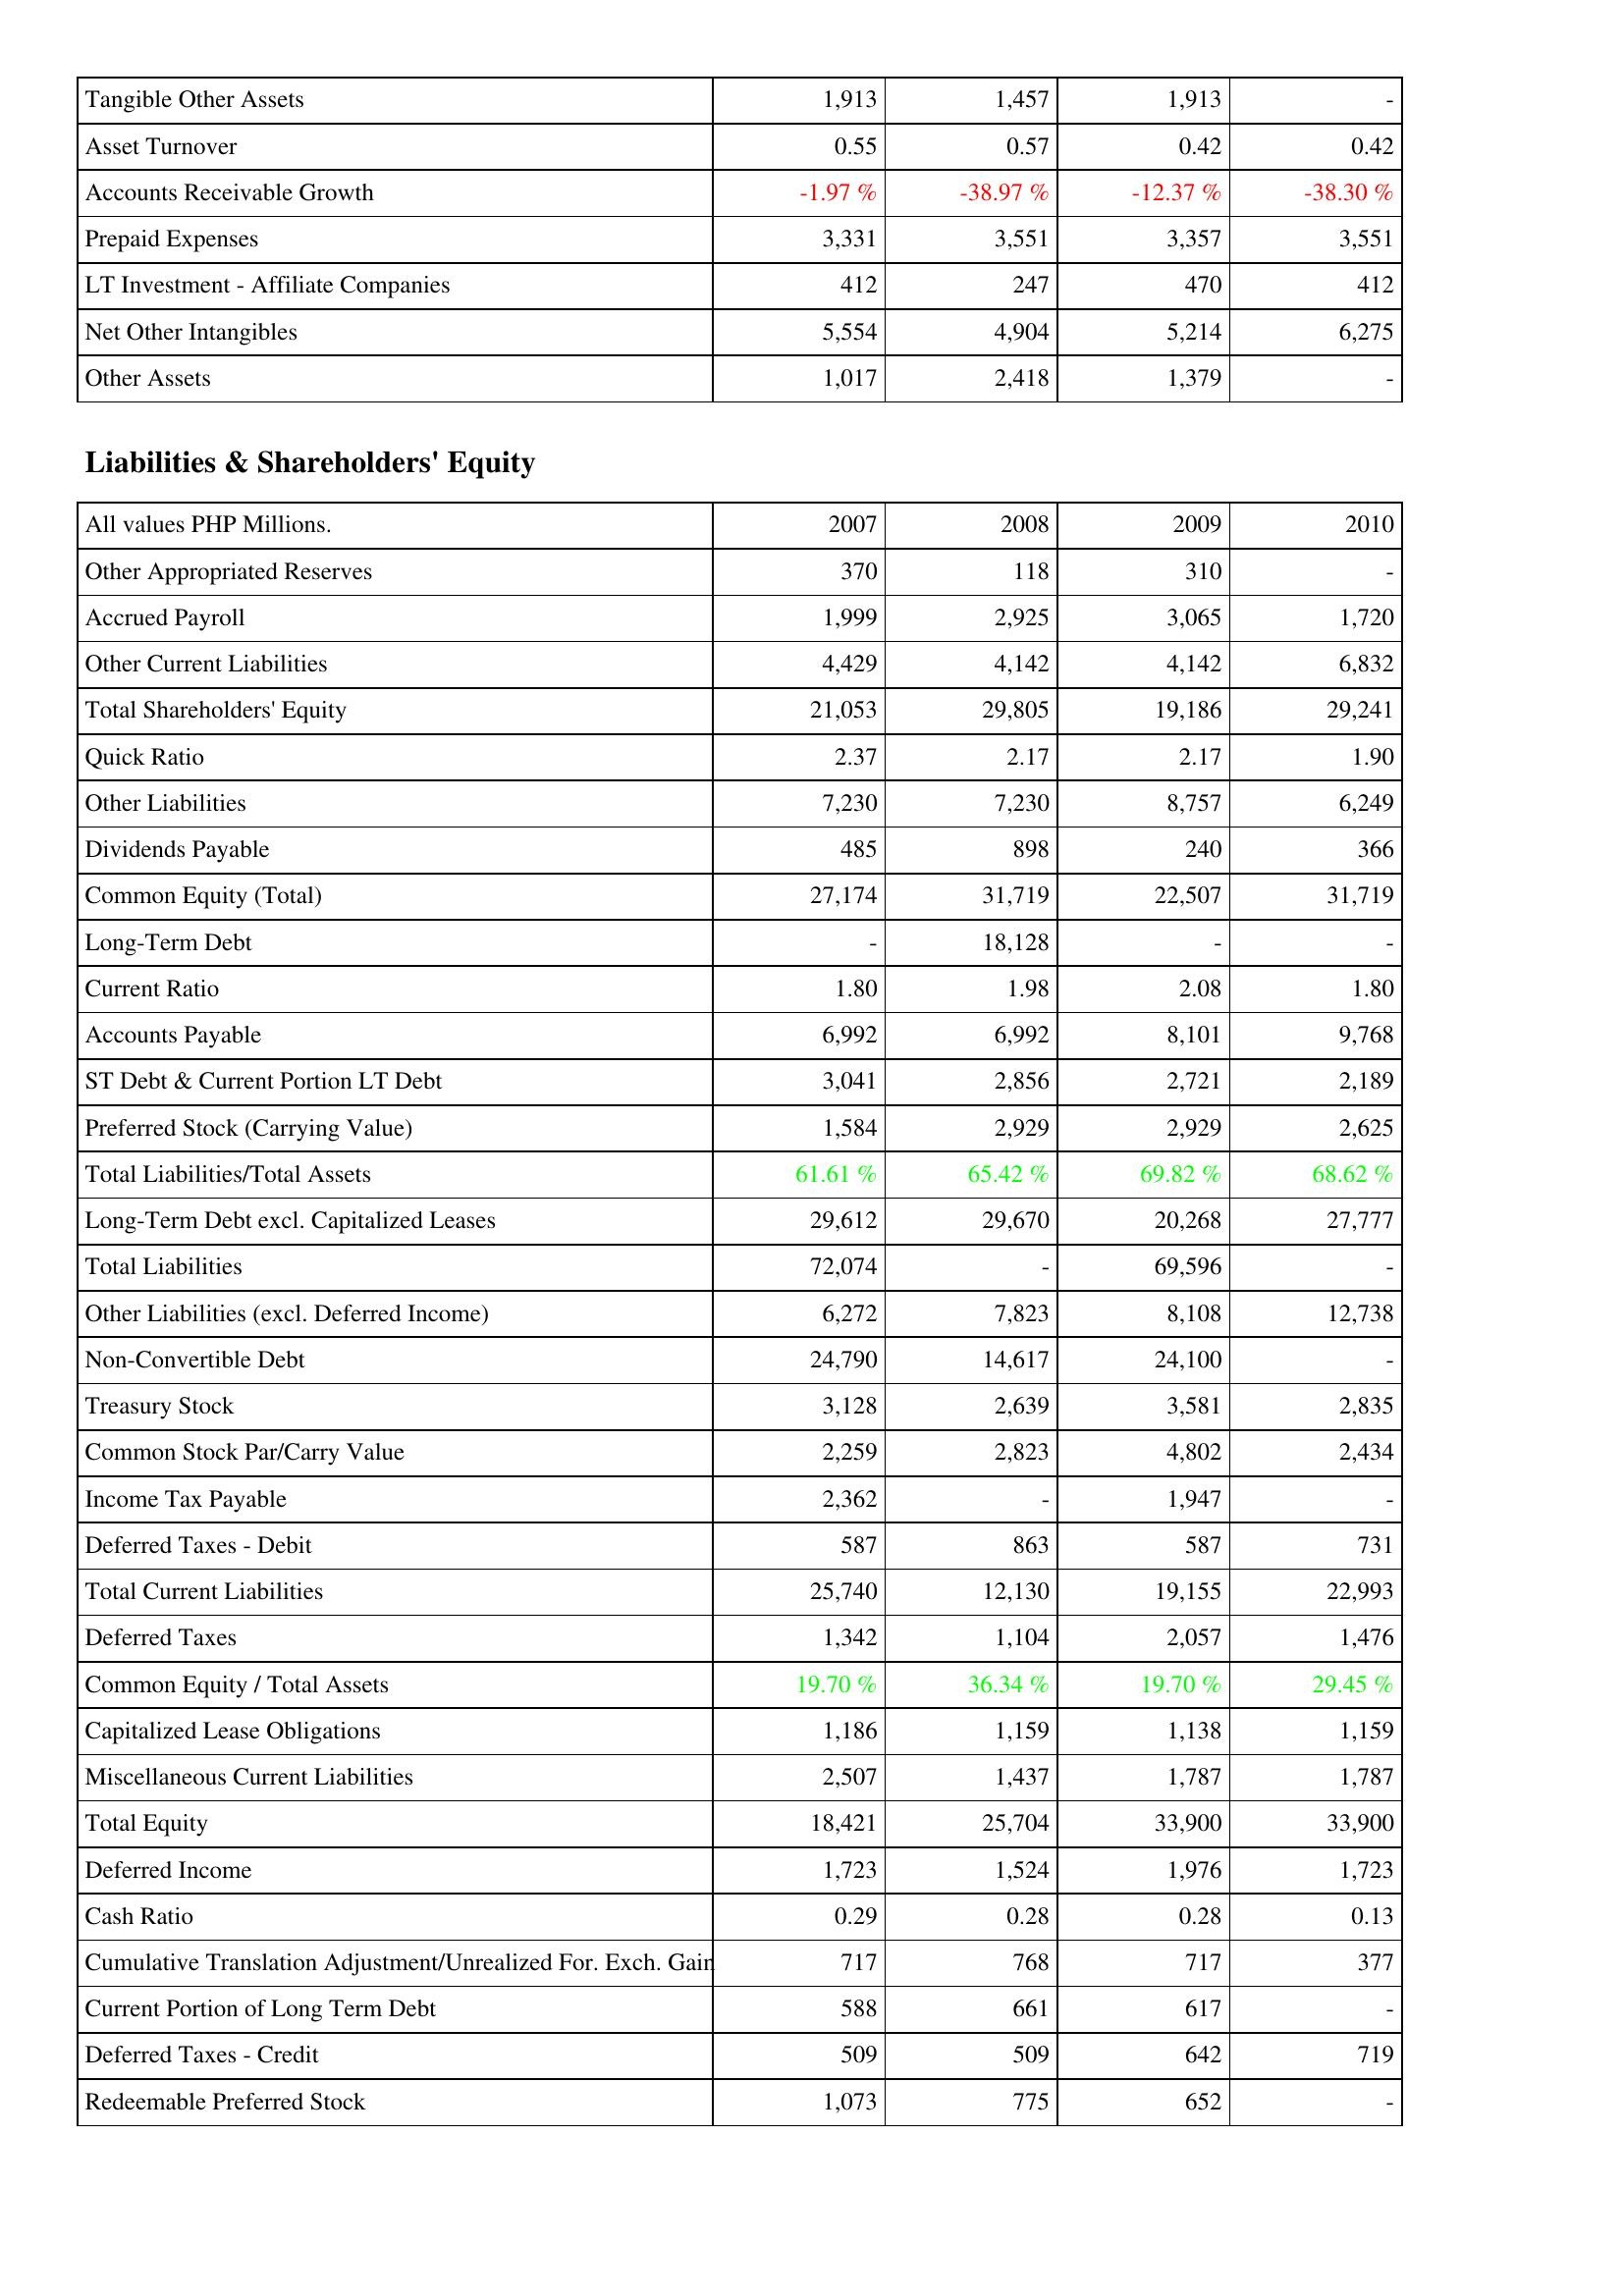
2007: Assets: Tangible Other Assets: 1,913
Asset Turnover: 0.55
Accounts Receivable Growth: -1.97 %
Prepaid Expenses: 3,331
LT Investment - Affiliate Companies: 412
Net Other Intangibles: 5,554
Other Assets: 1,017
Liabilities & Shareholders' Equity: Other Appropriated Reserves: 370
Accrued Payroll: 1,999
Other Current Liabilities: 4,429
Total Shareholders' Equity: 21,053
Quick Ratio: 2.37
Other Liabilities: 7,230
Dividends Payable: 485
Common Equity (Total): 27,174
Long-Term Debt: -
Current Ratio: 1.80
Accounts Payable: 6,992
ST Debt & Current Portion LT Debt: 3,041
Preferred Stock (Carrying Value): 1,584
Total Liabilities/Total Assets: 61.61 %
Long-Term Debt excl. Capitalized Leases: 29,612
Total Liabilities: 72,074
Other Liabilities (excl. Deferred Income): 6,272
Non-Convertible Debt: 24,790
Treasury Stock: 3,128
Common Stock Par/Carry Value: 2,259
Income Tax Payable: 2,362
Deferred Taxes - Debit: 587
Total Current Liabilities: 25,740
Deferred Taxes: 1,342
Common Equity / Total Assets: 19.70 %
Capitalized Lease Obligations: 1,186
Miscellaneous Current Liabilities: 2,507
Total Equity: 18,421
Deferred Income: 1,723
Cash Ratio: 0.29
Cumulative Translation Adjustment/Unrealized For. Exch. Gain: 717
Current Portion of Long Term Debt: 588
Deferred Taxes - Credit: 509
Redeemable Preferred Stock: 1,073
2008: Assets: Tangible Other Assets: 1,457
Asset Turnover: 0.57
Accounts Receivable Growth: -38.97 %
Prepaid Expenses: 3,551
LT Investment - Affiliate Companies: 247
Net Other Intangibles: 4,904
Other Assets: 2,418
Liabilities & Shareholders' Equity: Other Appropriated Reserves: 118
Accrued Payroll: 2,925
Other Current Liabilities: 4,142
Total Shareholders' Equity: 29,805
Quick Ratio: 2.17
Other Liabilities: 7,230
Dividends Payable: 898
Common Equity (Total): 31,719
Long-Term Debt: 18,128
Current Ratio: 1.98
Accounts Payable: 6,992
ST Debt & Current Portion LT Debt: 2,856
Preferred Stock (Carrying Value): 2,929
Total Liabilities/Total Assets: 65.42 %
Long-Term Debt excl. Capitalized Leases: 29,670
Total Liabilities: -
Other Liabilities (excl. Deferred Income): 7,823
Non-Convertible Debt: 14,617
Treasury Stock: 2,639
Common Stock Par/Carry Value: 2,823
Income Tax Payable: -
Deferred Taxes - Debit: 863
Total Current Liabilities: 12,130
Deferred Taxes: 1,104
Common Equity / Total Assets: 36.34 %
Capitalized Lease Obligations: 1,159
Miscellaneous Current Liabilities: 1,437
Total Equity: 25,704
Deferred Income: 1,524
Cash Ratio: 0.28
Cumulative Translation Adjustment/Unrealized For. Exch. Gain: 768
Current Portion of Long Term Debt: 661
Deferred Taxes - Credit: 509
Redeemable Preferred Stock: 775
2009: Assets: Tangible Other Assets: 1,913
Asset Turnover: 0.42
Accounts Receivable Growth: -12.37 %
Prepaid Expenses: 3,357
LT Investment - Affiliate Companies: 470
Net Other Intangibles: 5,214
Other Assets: 1,379
Liabilities & Shareholders' Equity: Other Appropriated Reserves: 310
Accrued Payroll: 3,065
Other Current Liabilities: 4,142
Total Shareholders' Equity: 19,186
Quick Ratio: 2.17
Other Liabilities: 8,757
Dividends Payable: 240
Common Equity (Total): 22,507
Long-Term Debt: -
Current Ratio: 2.08
Accounts Payable: 8,101
ST Debt & Current Portion LT Debt: 2,721
Preferred Stock (Carrying Value): 2,929
Total Liabilities/Total Assets: 69.82 %
Long-Term Debt excl. Capitalized Leases: 20,268
Total Liabilities: 69,596
Other Liabilities (excl. Deferred Income): 8,108
Non-Convertible Debt: 24,100
Treasury Stock: 3,581
Common Stock Par/Carry Value: 4,802
Income Tax Payable: 1,947
Deferred Taxes - Debit: 587
Total Current Liabilities: 19,155
Deferred Taxes: 2,057
Common Equity / Total Assets: 19.70 %
Capitalized Lease Obligations: 1,138
Miscellaneous Current Liabilities: 1,787
Total Equity: 33,900
Deferred Income: 1,976
Cash Ratio: 0.28
Cumulative Translation Adjustment/Unrealized For. Exch. Gain: 717
Current Portion of Long Term Debt: 617
Deferred Taxes - Credit: 642
Redeemable Preferred Stock: 652
2010: Assets: Tangible Other Assets: -
Asset Turnover: 0.42
Accounts Receivable Growth: -38.30 %
Prepaid Expenses: 3,551
LT Investment - Affiliate Companies: 412
Net Other Intangibles: 6,275
Other Assets: -
Liabilities & Shareholders' Equity: Other Appropriated Reserves: -
Accrued Payroll: 1,720
Other Current Liabilities: 6,832
Total Shareholders' Equity: 29,241
Quick Ratio: 1.90
Other Liabilities: 6,249
Dividends Payable: 366
Common Equity (Total): 31,719
Long-Term Debt: -
Current Ratio: 1.80
Accounts Payable: 9,768
ST Debt & Current Portion LT Debt: 2,189
Preferred Stock (Carrying Value): 2,625
Total Liabilities/Total Assets: 68.62 %
Long-Term Debt excl. Capitalized Leases: 27,777
Total Liabilities: -
Other Liabilities (excl. Deferred Income): 12,738
Non-Convertible Debt: -
Treasury Stock: 2,835
Common Stock Par/Carry Value: 2,434
Income Tax Payable: -
Deferred Taxes - Debit: 731
Total Current Liabilities: 22,993
Deferred Taxes: 1,476
Common Equity / Total Assets: 29.45 %
Capitalized Lease Obligations: 1,159
Miscellaneous Current Liabilities: 1,787
Total Equity: 33,900
Deferred Income: 1,723
Cash Ratio: 0.13
Cumulative Translation Adjustment/Unrealized For. Exch. Gain: 377
Current Portion of Long Term Debt: -
Deferred Taxes - Credit: 719
Redeemable Preferred Stock: -